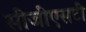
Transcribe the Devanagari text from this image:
सीजीएसटी